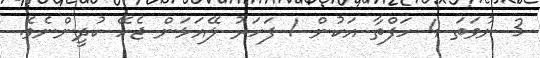
3 ނުވަތަ 4 ހަފްތާ އަކުން 1 ފަހަރު ލޭއަޅަން ޖެހޭ ކުދީންނެވެ.